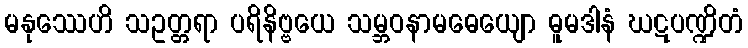
မနုဿေဟိ သဥတ္တရာ ပရိနိဗ္ဗယေ သမ္ဘဝနာမဓေယျော ဓူမဒါနံ ဃဋပဏ္ဍိတံ